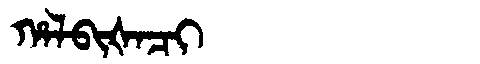
Manchu: ᡥᠠᠯᠪᡳᡧᠠᠴᡳ
Romanization: HALBIŠACI